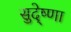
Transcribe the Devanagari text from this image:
सुदे्ष्णा